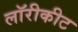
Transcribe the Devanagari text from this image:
लॉरीकीट